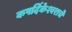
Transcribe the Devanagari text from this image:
कपर्दिकेश्वराचे